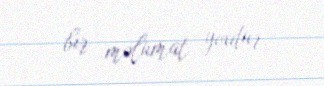
bir məlumat yoxdur.